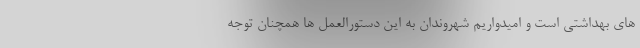
های بهداشتی است و امیدواریم شهروندان به این دستورالعمل ها همچنان توجه